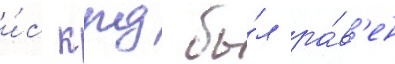
и́с кпд бы́л ра́в'ен